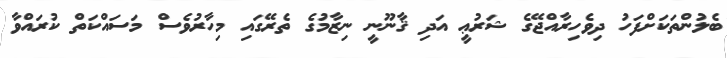
ބެލުންތަކަށްފަހު ދިވެހިރާއްޖޭގެ ޝަރުޢީ އަދި ޤާނޫނީ ނިޒާމުގެ ތެރޭގައި މިހާރުވެސް މަސައްކަތް ކުރައްވާ